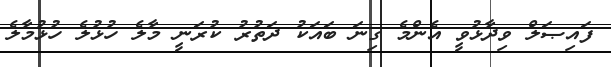
ފައިޞަލް ވިދާޅުވީ އެންމެ ގިނަ ބައަކު ދަތުރު ކުރަނީ މާލެ ހުޅުލެ ހުޅުމާލެ